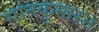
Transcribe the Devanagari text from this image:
सांतकुमारन